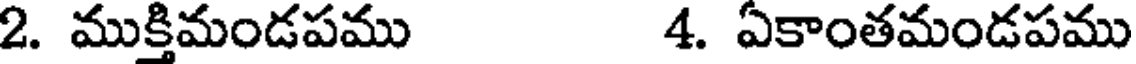
2. ముక్తిమండపము 4. ఏకాంతమండపము